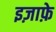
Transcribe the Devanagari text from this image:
इज़ाफ़े